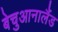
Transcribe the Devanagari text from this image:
बेचुआनालैंड